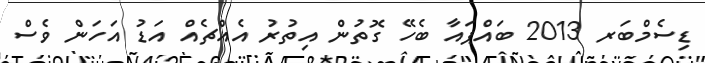
ޑިސެމްބަރ 2013 ބައްޕައާ ބެހޭ ގޮތުން އިތުރު އެއްޗެއް އަޑު އަހަން ވެސް